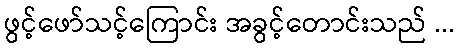
ဖွင့်ဖော်သင့်ကြောင်း အခွင့်တောင်းသည် ...